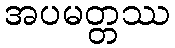
အပမတ္တဿ